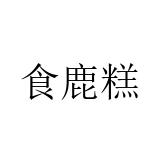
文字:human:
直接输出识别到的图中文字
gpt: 食鹿糕